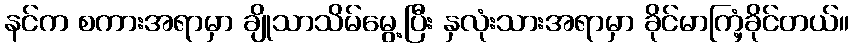
နင်က စကားအရာမှာ ချိုသာသိမ်မွေ့ပြီး နှလုံးသားအရာမှာ ခိုင်မာကြံ့ခိုင်တယ်။